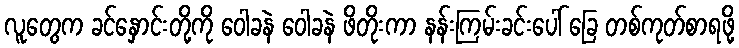
လူတွေက ခင်နှောင်းတို့ကို ဝေါခနဲ ဝေါခနဲ ဖိတိုးကာ နန်းကြမ်းခင်းပေါ် ခြေ တစ်ကုတ်စာရဖို့